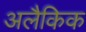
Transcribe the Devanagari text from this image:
अलैकिक